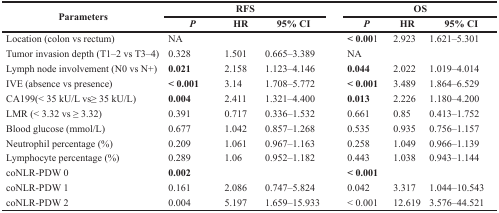
<table><thead><tr><td rowspan="2"><b>Parameters</b></td><td colspan="3"><b>RFS</b></td><td colspan="3"><b>OS</b></td></tr><tr><td><b><i>P</i></b></td><td><b>HR</b></td><td><b>95% CI</b></td><td><b><i>P</i></b></td><td><b>HR</b></td><td><b>95% CI</b></td></tr></thead><tbody><tr><td>Location (colon vs rectum)</td><td>NA</td><td></td><td></td><td><b>&lt; 0.00</b>1</td><td>2.923</td><td>1.621–5.301</td></tr><tr><td>Tumor invasion depth (T1–2 vs T3–4)</td><td>0.328</td><td>1.501</td><td>0.665–3.389</td><td>NA</td><td></td><td></td></tr><tr><td>Lymph node involvement (N0 vs N+)</td><td><b>0.021</b></td><td>2.158</td><td>1.123–4.146</td><td><b>0.044</b></td><td>2.022</td><td>1.019–4.014</td></tr><tr><td>IVE (absence vs presence)</td><td><b>&lt; 0.001</b></td><td>3.14</td><td>1.708–5.772</td><td><b>&lt; 0.001</b></td><td>3.489</td><td>1.864–6.529</td></tr><tr><td>CA199(&lt; 35 kU/L vs≥ 35 kU/L)</td><td><b>0.004</b></td><td>2.411</td><td>1.321–4.400</td><td><b>0.013</b></td><td>2.226</td><td>1.180–4.200</td></tr><tr><td>LMR (&lt; 3.32 vs ≥ 3.32)</td><td>0.391</td><td>0.717</td><td>0.336–1.532</td><td>0.661</td><td>0.85</td><td>0.413–1.752</td></tr><tr><td>Blood glucose (mmol/L)</td><td>0.677</td><td>1.042</td><td>0.857–1.268</td><td>0.535</td><td>0.935</td><td>0.756–1.157</td></tr><tr><td>Neutrophil percentage (%)</td><td>0.209</td><td>1.061</td><td>0.967–1.163</td><td>0.258</td><td>1.049</td><td>0.966–1.139</td></tr><tr><td>Lymphocyte percentage (%)</td><td>0.289</td><td>1.06</td><td>0.952–1.182</td><td>0.443</td><td>1.038</td><td>0.943–1.144</td></tr><tr><td>coNLR-PDW 0</td><td><b>0.002</b></td><td></td><td></td><td><b>&lt; 0.001</b></td><td></td><td></td></tr><tr><td>coNLR-PDW 1</td><td>0.161</td><td>2.086</td><td>0.747–5.824</td><td>0.042</td><td>3.317</td><td>1.044–10.543</td></tr><tr><td>coNLR-PDW 2</td><td>0.004</td><td>5.197</td><td>1.659–15.933</td><td>&lt; 0.001</td><td>12.619</td><td>3.576–44.521</td></tr></tbody></table>